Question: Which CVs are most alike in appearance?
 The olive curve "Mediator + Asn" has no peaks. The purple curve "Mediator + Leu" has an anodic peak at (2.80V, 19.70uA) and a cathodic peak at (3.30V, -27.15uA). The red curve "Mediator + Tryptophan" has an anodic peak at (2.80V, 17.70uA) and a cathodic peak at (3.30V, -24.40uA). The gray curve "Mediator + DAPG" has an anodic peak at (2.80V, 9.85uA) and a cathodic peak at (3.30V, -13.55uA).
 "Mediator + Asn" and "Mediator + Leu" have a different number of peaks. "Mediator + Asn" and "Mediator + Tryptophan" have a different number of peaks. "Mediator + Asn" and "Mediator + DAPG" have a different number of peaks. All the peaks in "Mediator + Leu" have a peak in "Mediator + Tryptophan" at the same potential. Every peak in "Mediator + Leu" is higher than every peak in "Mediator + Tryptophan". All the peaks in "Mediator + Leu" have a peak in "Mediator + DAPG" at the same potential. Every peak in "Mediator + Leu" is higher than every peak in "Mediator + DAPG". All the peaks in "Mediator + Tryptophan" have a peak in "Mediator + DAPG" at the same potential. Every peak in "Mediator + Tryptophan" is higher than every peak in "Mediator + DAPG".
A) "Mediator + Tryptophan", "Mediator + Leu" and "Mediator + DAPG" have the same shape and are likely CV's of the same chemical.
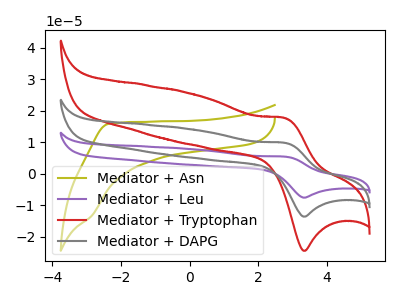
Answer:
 <answer>A) "Mediator + Tryptophan", "Mediator + Leu" and "Mediator + DAPG" have the same shape and are likely CV's of the same chemical.</answer>
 <eval>A</eval>